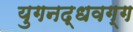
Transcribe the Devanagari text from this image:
युगनद्धवग्ग